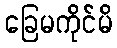
ခြေမကိုင်မိ